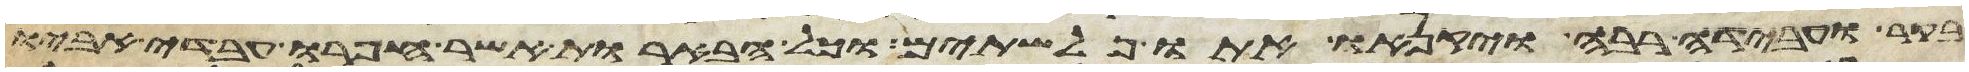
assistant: בקר ועבדה רבה ויקנאו אתו פלשתים וכל הבארות אשר חפרו עבדי אביו